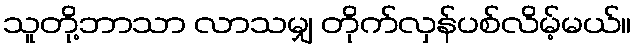
သူတို့ဘာသာ လာသမျှ တိုက်လှန်ပစ်လိမ့်မယ်။